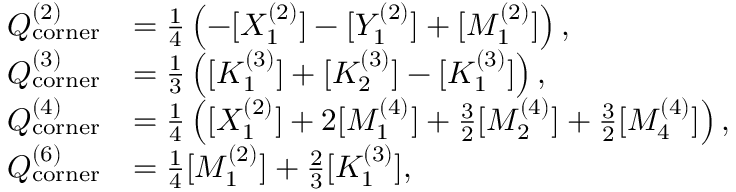
\begin{array} { r l } { Q _ { \mathrm { c o r n e r } } ^ { ( 2 ) } } & { = \frac { 1 } { 4 } \left( - [ X _ { 1 } ^ { ( 2 ) } ] - [ Y _ { 1 } ^ { ( 2 ) } ] + [ M _ { 1 } ^ { ( 2 ) } ] \right) , } \\ { Q _ { \mathrm { c o r n e r } } ^ { ( 3 ) } } & { = \frac { 1 } { 3 } \left( [ K _ { 1 } ^ { ( 3 ) } ] + [ K _ { 2 } ^ { ( 3 ) } ] - [ K _ { 1 } ^ { ( 3 ) } ] \right) , } \\ { Q _ { \mathrm { c o r n e r } } ^ { ( 4 ) } } & { = \frac { 1 } { 4 } \left( [ X _ { 1 } ^ { ( 2 ) } ] + 2 [ M _ { 1 } ^ { ( 4 ) } ] + \frac { 3 } { 2 } [ M _ { 2 } ^ { ( 4 ) } ] + \frac { 3 } { 2 } [ M _ { 4 } ^ { ( 4 ) } ] \right) , } \\ { Q _ { \mathrm { c o r n e r } } ^ { ( 6 ) } } & { = \frac { 1 } { 4 } [ M _ { 1 } ^ { ( 2 ) } ] + \frac { 2 } { 3 } [ K _ { 1 } ^ { ( 3 ) } ] , } \end{array}